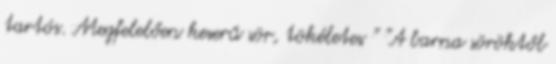
tartós. Megfelelően keserű sör, tökéletes " "A barna söröktől